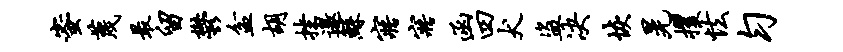
蜜蔑最留郁盆胡挫邀鲧寤寤函四犬盗决恢晃攫怯匀